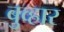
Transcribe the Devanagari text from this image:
बुव्हार